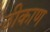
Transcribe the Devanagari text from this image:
ठीकाण